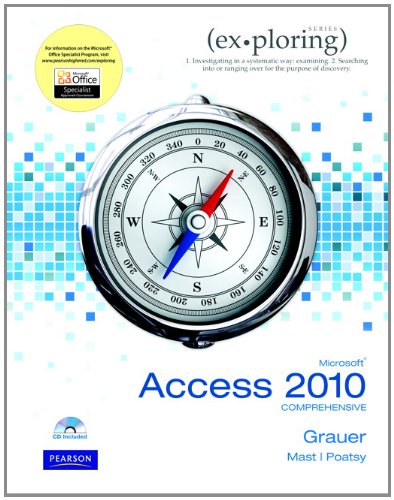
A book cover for Exploring Microsoft Office Access 2010 Comprehensive; Robert T. Grauer; Computers & Technology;